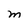
Character: M